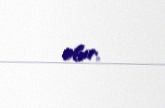
olur.